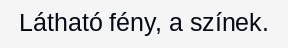
Látható fény, a színek.